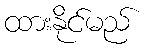
ထားနိုင်မည်